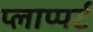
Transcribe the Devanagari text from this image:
प्लाप्पर्ट